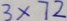
3 \times 7 2